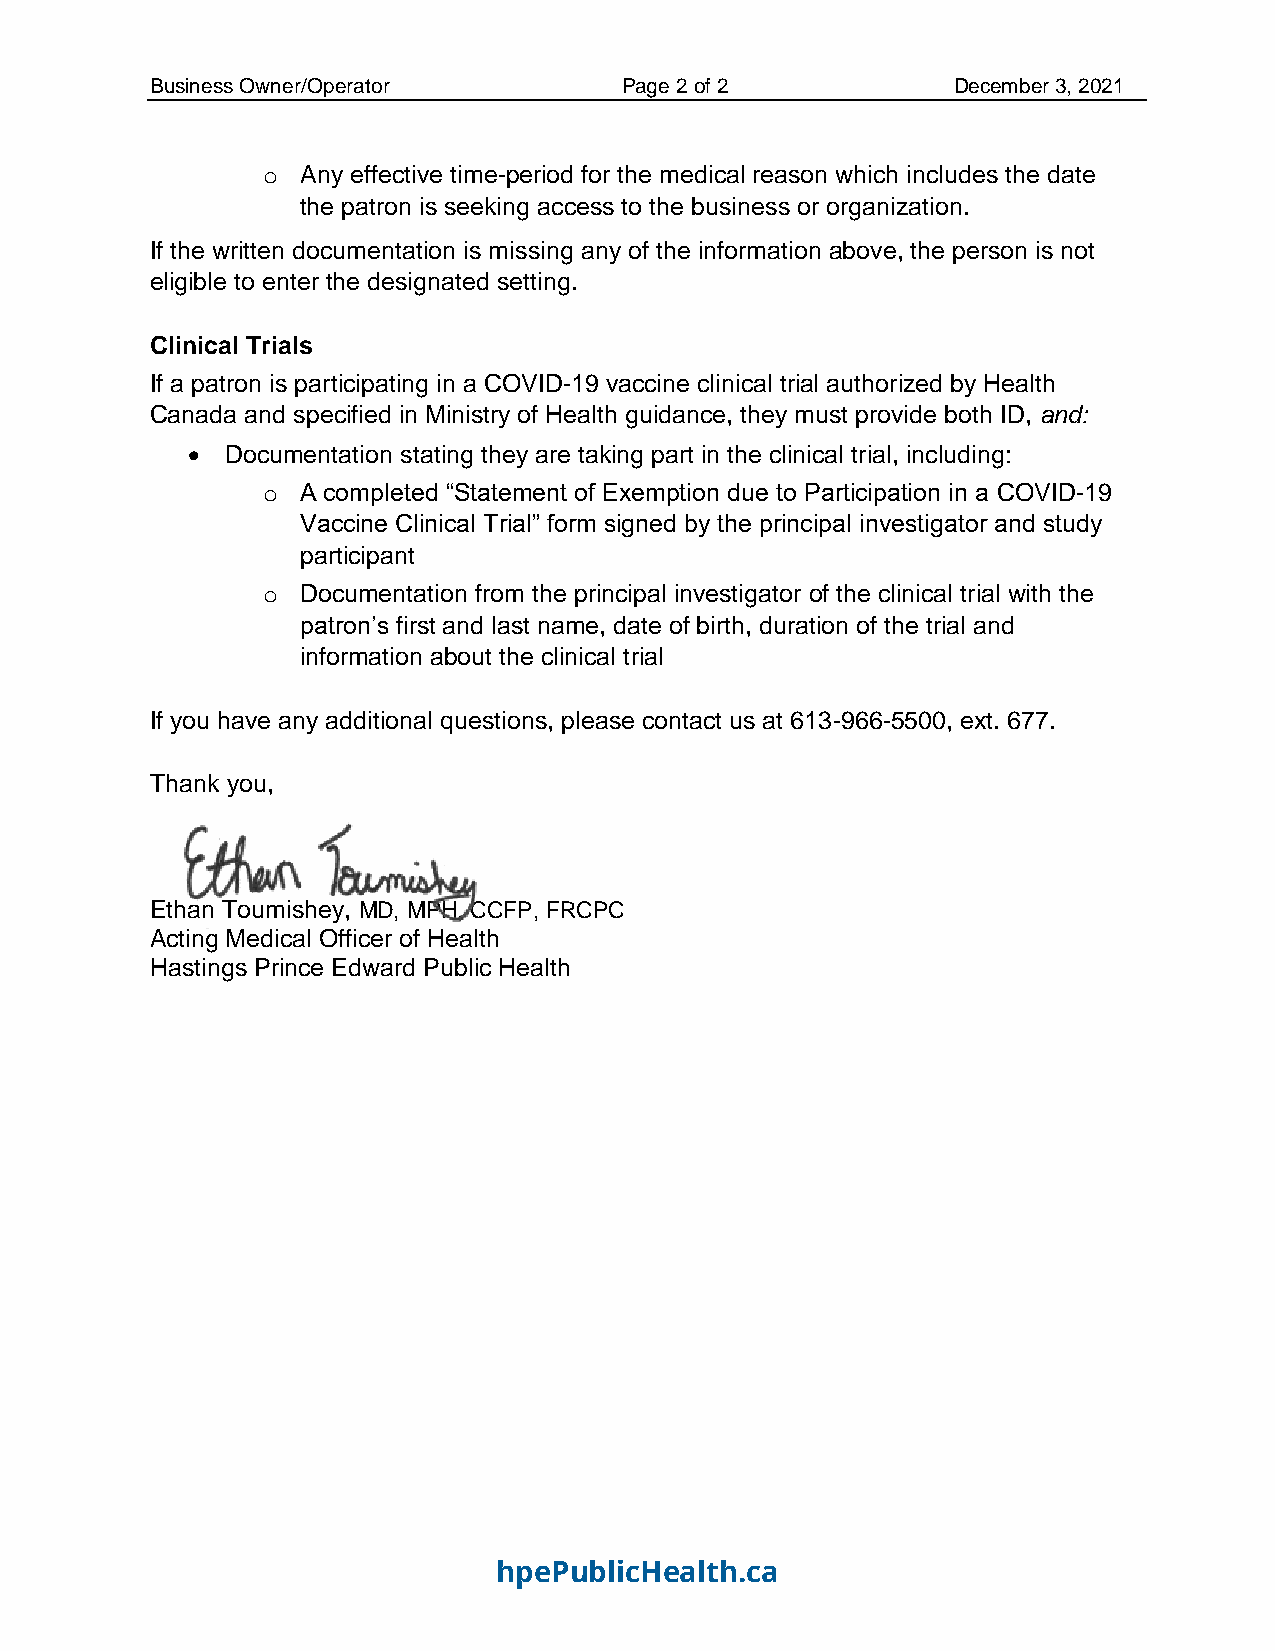
Business Owner/Operator        Page 2 of 2           December 3, 2021
 o  Any effective time-period for the medical reason which includes the date
 the patron is seeking access to the business or organization.
 If the written documentation is missing any of the information above, the person is not
 eligible to enter the designated setting.
 Clinical Trials
 If a patron is participating in a COVID-19 vaccine clinical trial authorized by Health
 Canada and specified in Ministry of Health guidance, they must provide both ID, and:
 •  Documentation stating they are taking part in the clinical trial, including:
 o  A completed “Statement of Exemption due to Participation in a COVID-19
 Vaccine Clinical Trial” form signed by the principal investigator and study
 participant
 o  Documentation from the principal investigator of the clinical trial with the
 patron’s first and last name, date of birth, duration of the trial and
 information about the clinical trial
 If you have any additional questions, please contact us at 613-966-5500, ext. 677.
 Thank you,
 Ethan Toumishey, MD, MPH, CCFP, FRCPC
 Acting Medical Officer of Health
 Hastings Prince Edward Public Health
 hpePublicHealth.ca